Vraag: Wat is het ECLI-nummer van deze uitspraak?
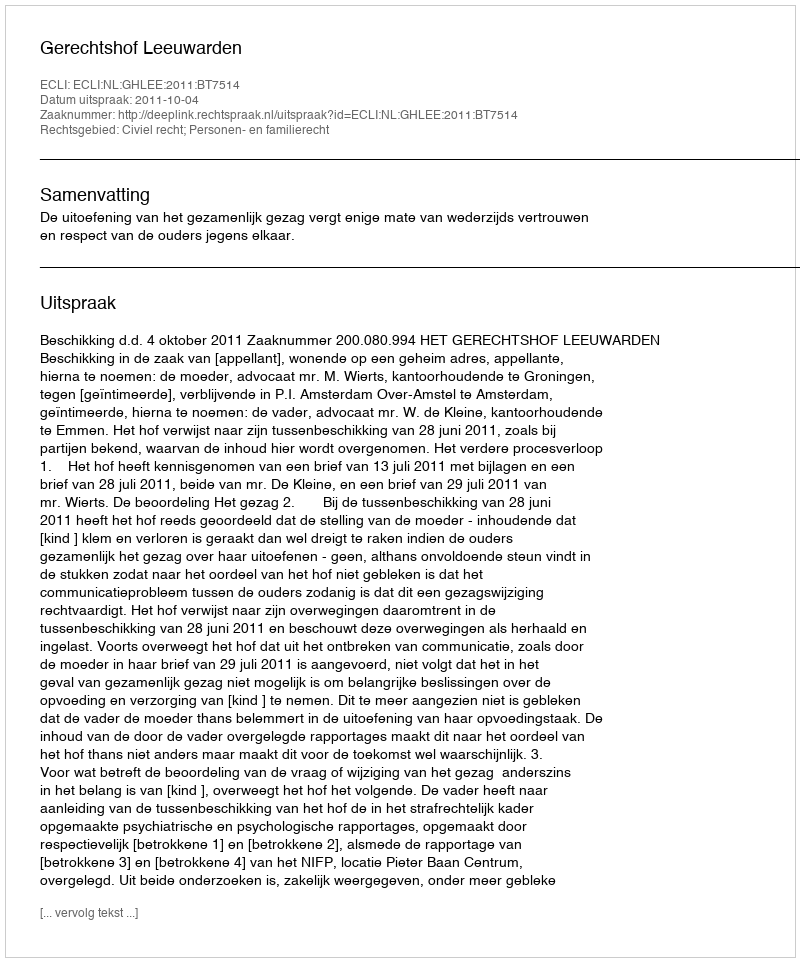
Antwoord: ECLI:NL:GHLEE:2011:BT7514